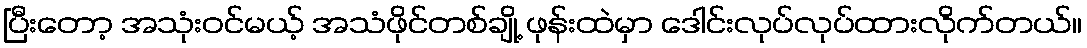
ပြီးတော့ အသုံးဝင်မယ့် အသံဖိုင်တစ်ချို့ ဖုန်းထဲမှာ ဒေါင်းလုပ်လုပ်ထားလိုက်တယ်။